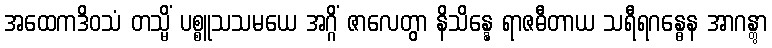
အထေကဒိဝသံ တသ္မိံ ပစ္စူသသမယေ အဂ္ဂိံ ဇာလေတွာ နိသိန္နေ ရာဇဓီတာယ သရီရဂန္ဓေန အာဂန္တွာ